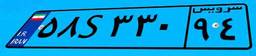
۵۸S۳۳۰۹۴